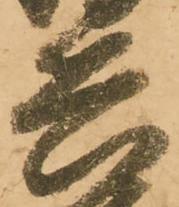
兵